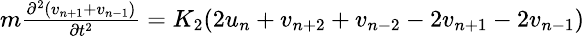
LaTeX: \small\begin{array}{r}{m\frac{\partial^{2}(v_{n+1}+v_{n-1})}{\partial t^{2}}=K_{2}(2u_{n}+v_{n+2}+v_{n-2}-2v_{n+1}-2v_{n-1})}\end{array}